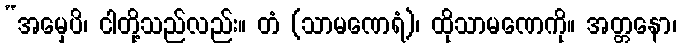
“အမှေပိ၊ ငါတို့သည်လည်း။ တံ (သာမဏေရံ)၊ ထိုသာမဏေကို။ အတ္တနော၊